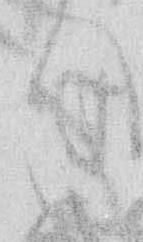
く